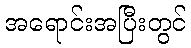
အရောင်းအပြီးတွင်